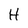
Character: H